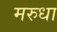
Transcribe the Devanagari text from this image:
मरुधा